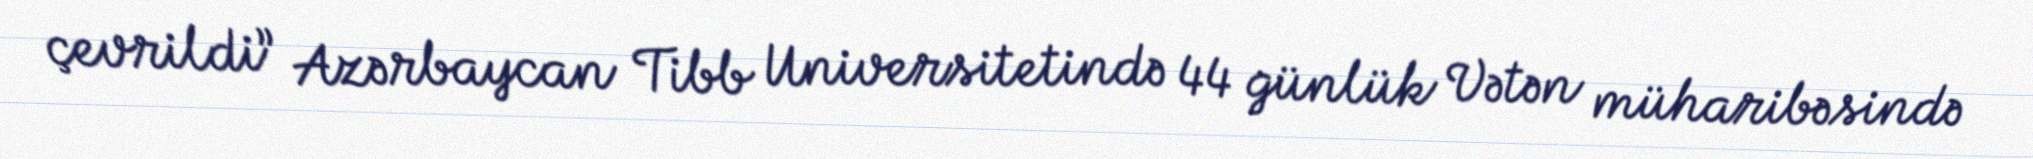
çevrildi” Azərbaycan Tibb Universitetində 44 günlük Vətən müharibəsində